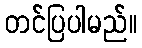
တင်ပြပါမည်။